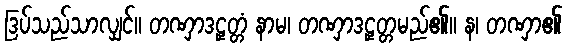
ဒြပ်သည်သာလျှင်။ တဏှာဒဠှတ္တံ နာမ၊ တဏှာဒဠှတ္တမည်၏။ န၊ တဏှာ၏